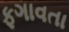
ફગાવતા